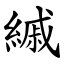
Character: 縬